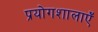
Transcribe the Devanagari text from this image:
प्रयोगशालाऍं